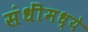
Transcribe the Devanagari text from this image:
संधींमध्ये